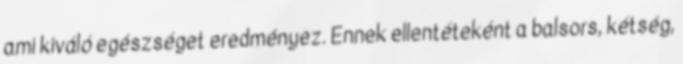
ami kiváló egészséget eredményez. Ennek ellentéteként a balsors, kétség,